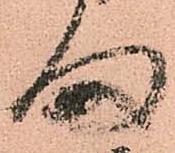
ま